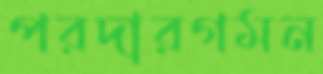
পরদারগমন